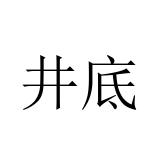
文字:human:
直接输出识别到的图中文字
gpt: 井底